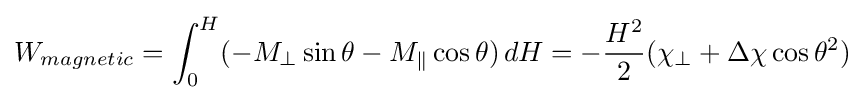
W_{magnetic}=\int _{0}^{H}(-M_{\perp }\sin {\theta }-M_{\parallel }\cos {\theta })\,dH=-{\frac {H^{2}}{2}}(\chi _{\perp }+\Delta \chi \cos {\theta }^{2})